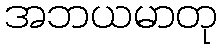
အဘယမာတု